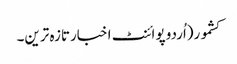
کشمور(اُردو پوائنٹ اخبارتازہ ترین۔